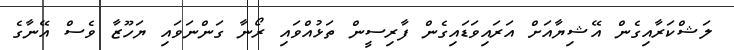
ލަޝްކަރާއިގެން އޭޝިޔާއަށް އަރައިވަޑައިގެން ފާރިސީން ތަޅުއްވައި ރޯނާ ގަންނަވައި ޔަހޫޒާ ވެސް އޭނާގެ